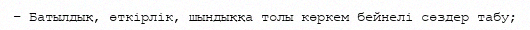
– Батылдық, өткірлік, шындыққа толы көркем бейнелі сөздер табу;